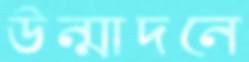
উন্মাদনে